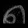
Digit: ၈